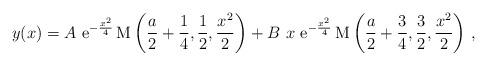
LaTeX: \begin{align*}y(x)=A \ {\rm e}^{-\frac{x^2}{4}}\,{\rm M}\left(\frac{a}{2}+\frac{1}{4},\frac{1}{2}, \frac{x^2}{2}\right)+ B \ x \ {\rm e}^{-\frac{x^2}{4}}\,{\rm M}\left(\frac{a}{2}+\frac{3}{4},\frac{3}{2},\frac{x^2}{2}\right) \,,\end{align*}